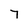
Character: 7